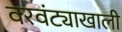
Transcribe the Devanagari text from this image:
वरवंट्याखाली